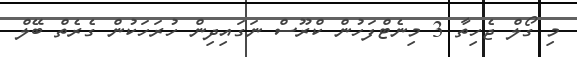
މި ގޯލް ޖެހިތާ 3 މިނެޓްފަހުން ކްރޫސް ނަގައިދިން ހުރަހަކުން ގެރެތް ބޭލް